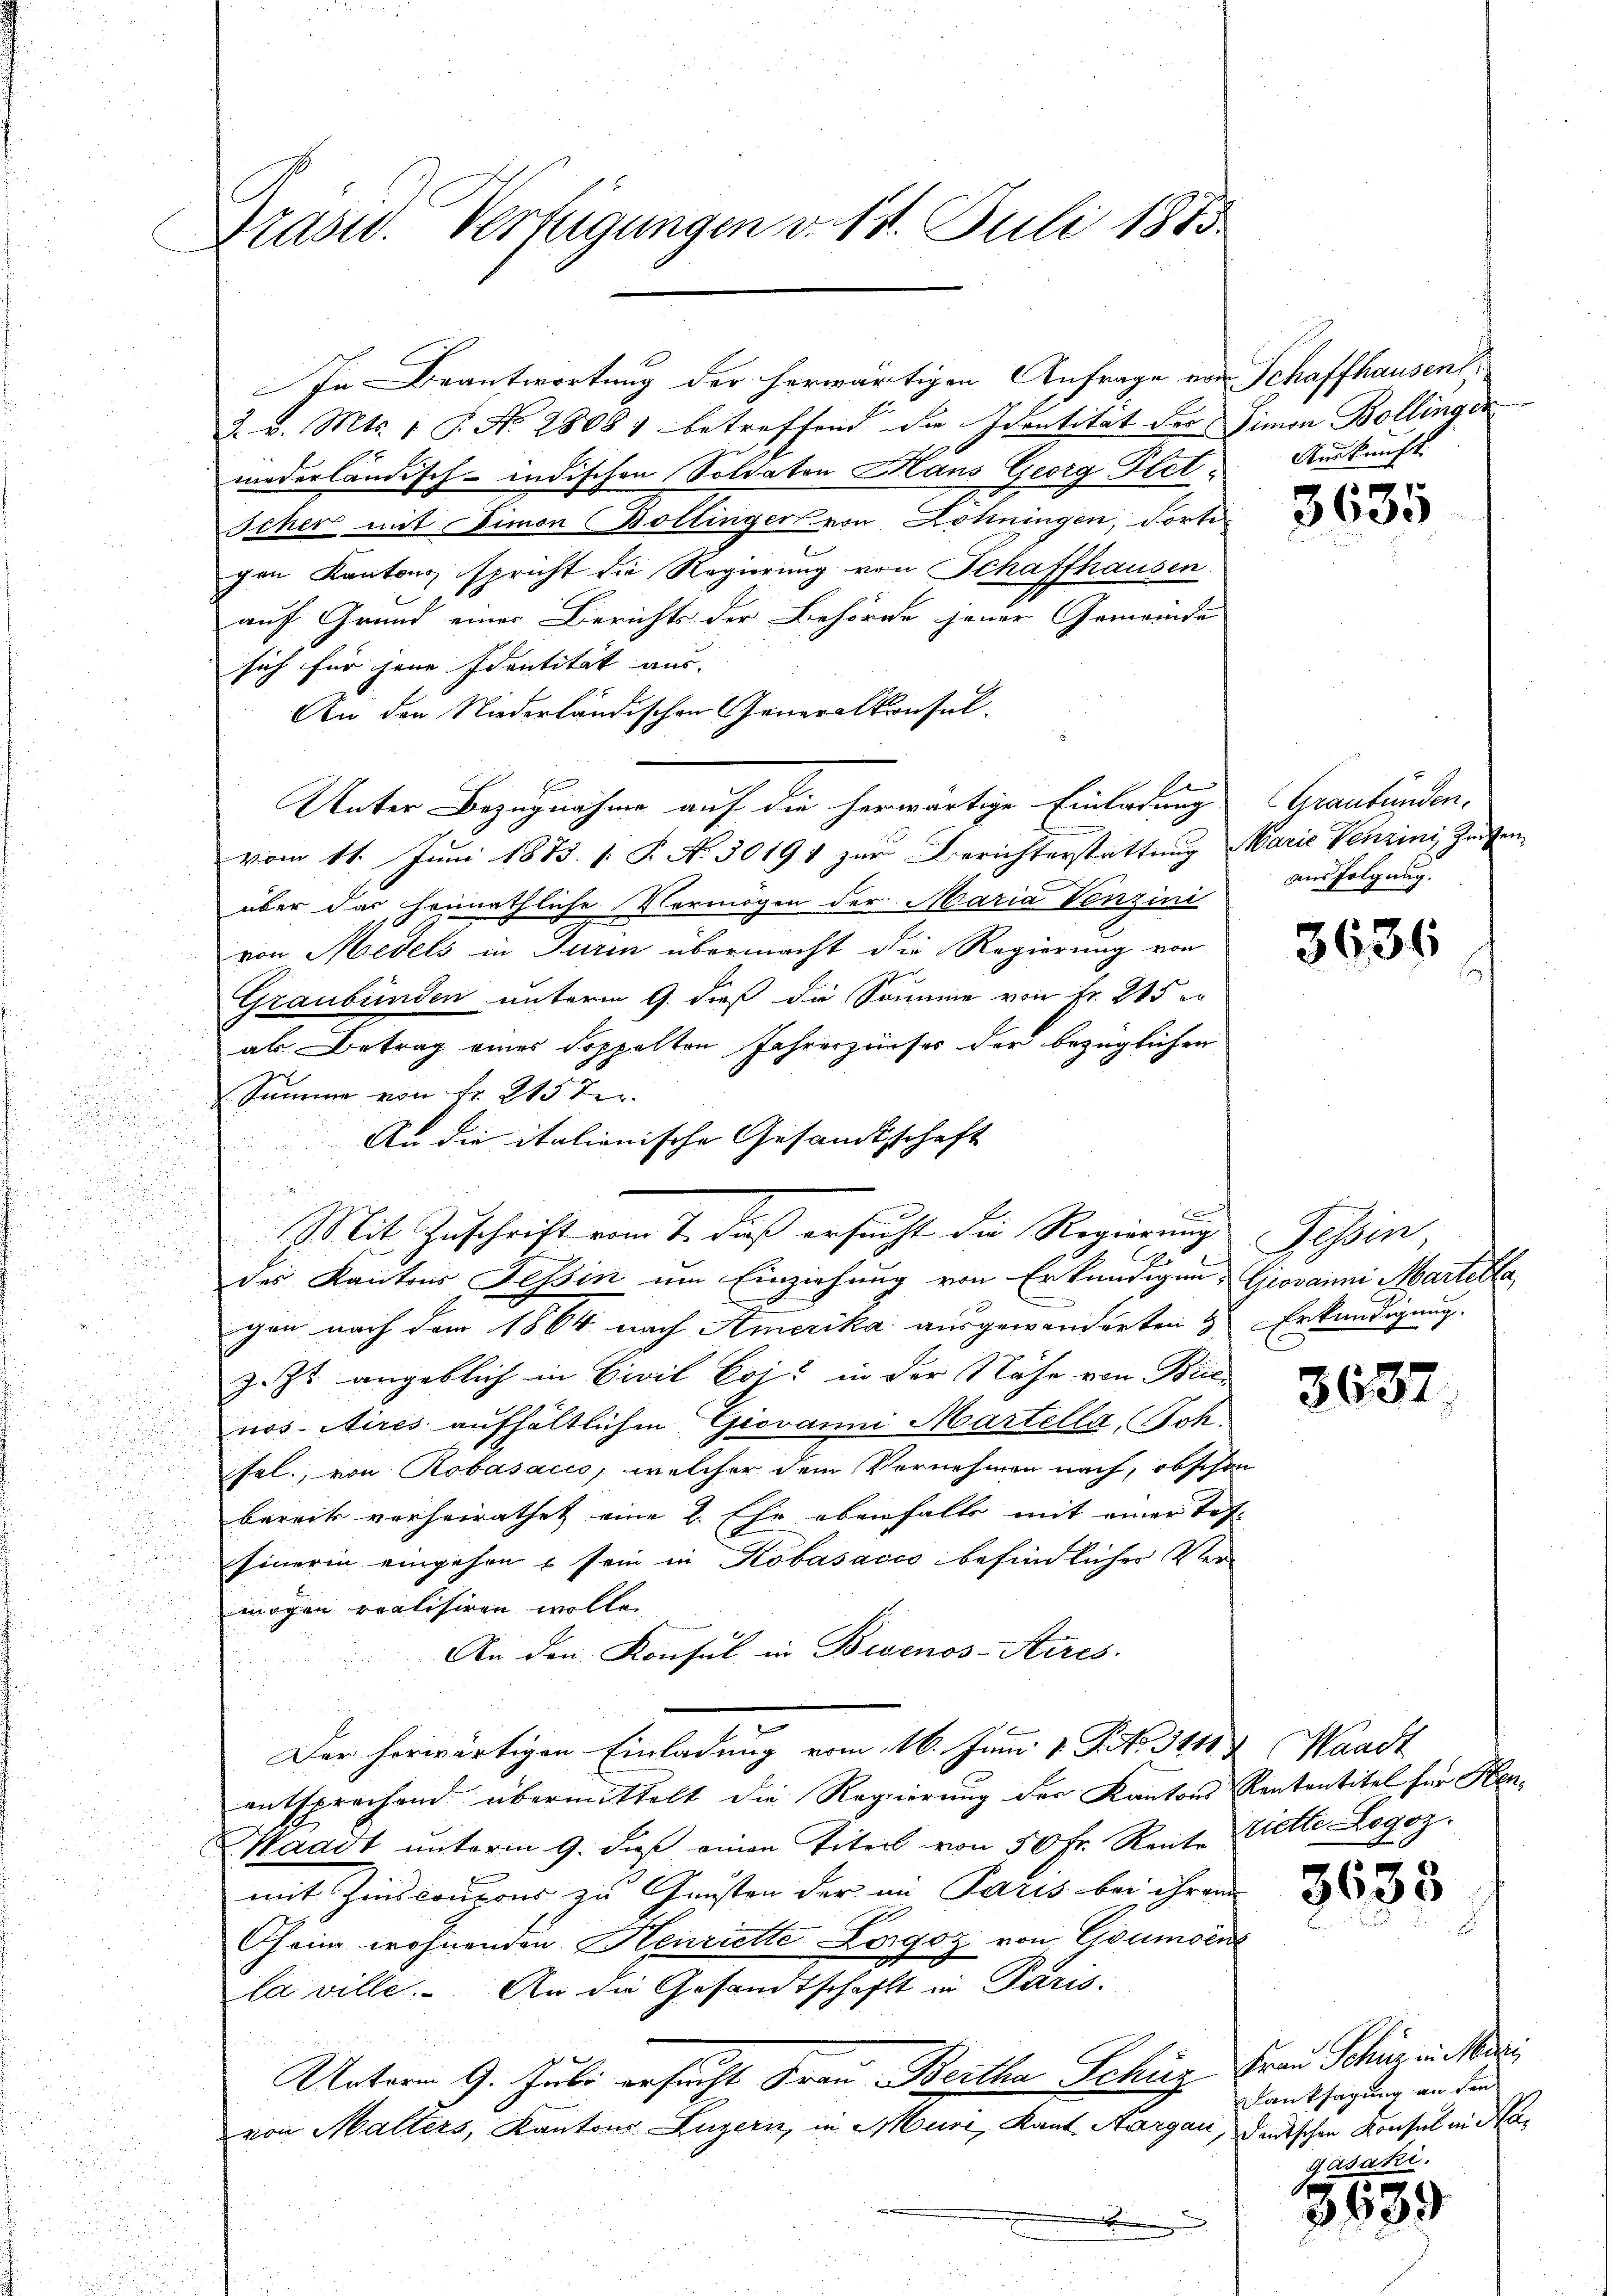
Grasw. Verfügungen v. 18. Juli 1885.

In Beantwortung der herwärtigen Anfrage von Schaffhausent,
2. d. Mts. 1 S. Nr. 28081 betreffend die Identität der Simon Bollinger
niederländisch-indischen Soldaten Hans Georg Plet¬
Scher mit Limon Bollinger von Lohningen, Forti
gen Kantons spricht die Regierung von Schaffhausen.
auf Grund einer Berichts der Behörde jener Gemeinde
sich für jene Identität aus. |
An den Niederländischen Generalkonsul
l
Unter Bezugnahme auf die herwärtige Einladung Graubünden.
vom 11. Juni 1873. [S. No. 30191 zur Berichterstattung Marie Venzini, Zinsenüber das heimathliche Vermögen der Maria Venzini
von Medels in Turin übermacht die Regierung von
Graubünden unterm 9. dieß die Summe von Fr. 285 er
als Betrag eines doppelten Fahreshäuser der bezüglichen
Summe von Fr. 215 ten

An die italionische Gesandtschaft
Mit Zuschrift vom 7. daß ersucht die Regierungs Tessin,
A
des Kantons Tessin um Einziehung von Erkundigung Giovanni Martella
gen nach dem 1864 nach Amerika ausgewanderten  Erkundigung.
zett angeblich in Civil Coi: in der Nähe von Brie
nos Aires aufhältlichen Giovanni Martella, Joh.
sel, von Robasacio, welcher dem Vernehmen nach, obschon
bereit verheirathet eine 2. Ehe ebenfalls mit einer Tes-
Einerin eingehen u sein in Köbasacco befindlicher Vermögen realisiren wolle.
An den Konsul in Bisenos-Aires.
Der herwärtigen Einladung vom 16. Juni v. P. No. 3111) Waadt
entsprechend übermittelt die Regierung der Kantons Rententitel für Hen¬
Waadt unterm 9. daß einen Titel von 50 Fr. Rente Zette Legoz.
mit Zinskontons zu Gunsten der in Paris bei ihrer
Oheim wohnenden Henriette Logoz von Goumoene
la ville. An die Gesandtschaft in Paris.
Unterm 9. Juli ersucht Frau Bertha Schüz Frau Schur ein Mari
von Malters, Kantons Luzern, in Muri, Kant. Aargau, darischen Konsul in Na¬

Auskunft.

3635

aus folgung.

3636

3637

3633

Lanksagung an den
gásaki.

3639)